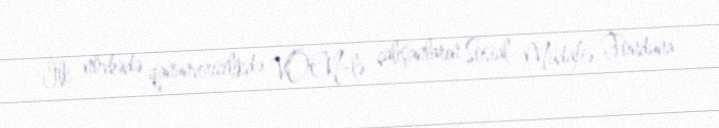
İlk növbədə qanunvericilikdə VÖEN-lə çalışanların Sosial Müdafiə Fonduna